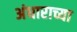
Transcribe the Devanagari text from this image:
अंधाराच्या